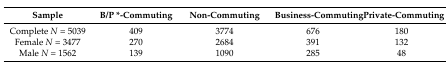
<table><thead><tr><td><b>Sample</b></td><td><b>B/P *-Commuting</b></td><td><b>Non-Commuting</b></td><td><b>Business-Commuting</b></td><td><b>Private-Commuting</b></td></tr></thead><tbody><tr><td>Complete <i>N</i> = 5039</td><td>409</td><td>3774</td><td>676</td><td>180</td></tr><tr><td>Female <i>N</i> = 3477</td><td>270</td><td>2684</td><td>391</td><td>132</td></tr><tr><td>Male <i>N</i> = 1562</td><td>139</td><td>1090</td><td>285</td><td>48</td></tr></tbody></table>